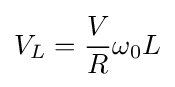
V_{L}={\frac {V}{R}}\omega _{0}L